Annual statistical returns and brief notes on vaccination in Bengal - 1887-1898
Year: 1887
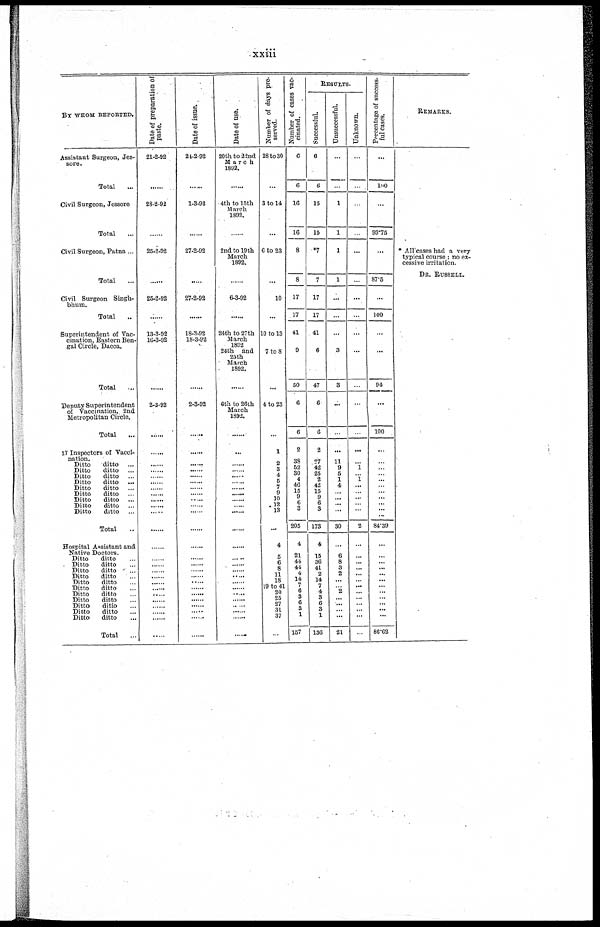
xxiii
BY WHOM REPORTED.
Assistant Surgeon, Jes-
sore.
Total
...
Civil Surgeon, Jessore
Total ...
Civil Surgeon, Patna ...
Total ...
Civil Surgeon Singh-
bhum.
Total ...
Superintendent of Vac-
cination, Eastern Ben-
gal Circle, Dacca.
Total ...
Deputy Superintendent
of Vaccination,. 2nd
Metropolitan Circle.
Total
...
17 Inspectors of Vacci-
nation .
Ditto
ditto ...
Ditto
ditto ...
Ditto
ditto ...
Ditto
ditto ...
Ditto
ditto ...
Ditto
ditto ...
Ditto
ditto ...
Ditto
ditto ...
Ditto
ditto ...
Total ...
Hospital Assistant and
Native Doctors.
Ditto
ditto ...
Ditto
ditto ...
Ditto
ditto ...
Ditto
ditto ...
Ditto
ditto ...
Ditto
ditto ...
Ditto
ditto ...
Ditto
ditto ...
Ditto
ditto ...
Ditto
ditto ...
Ditto
ditto ...
Total ...
Date of preparation of
paste.
21-2-92
......
28-2-92
......
25-2-92
......
25-2-92
......
13-3-92
16-3-92
......
2-3-92
......
......
......
......
......
......
......
......
......
......
......
......
......
......
......
......
......
......
......
......
......
......
......
......
......
Date of issue.
24-2-92
......
1-3-92
......
27-2-92
......
27-2-92
......
18-3-92
18-3-92
......
2-3-92
......
......
......
......
......
......
......
......
......
......
......
......
......
......
......
......
......
......
......
......
......
......
......
......
......
Date of use.
20th to 22nd
March
1892.
...
4th to 15th
March
1892.
...
2nd to 19th
March
1892.
......
6-3-92
......
24th to 27th
March
1892
24th and
25th
March
1892.
...
6th to 26th
March
1892.
......
......
......
......
......
......
......
......
......
......
......
......
......
......
......
...... ......
......
...... ......
...... ......
......
......
......
Number of days pre-
served.
28 to 30
...
3 to 14
...
6 to 23
...
10
...
10 to 13
7 to 8
...
4 to 23
...
1
2
3
4
5
7
9
10
12
13
...
4
5
6
8
11
18
19 to 41
20
25
27
31
37
......
Number of cases vac-
cinated.
6
6
16
16
8
8
17
17
41
9
50
6
6
2
38
52
30
4
46
15
9
6
3
205
4
21
44
44
4
14
7
6
3
6
3
1
157
RESULTS.
Successful.
6
6
15
15
*7
7
17
17
41
6
47
6
6
2
27
42
25
2
42
15
9
6
3
173
4
15
36
41
2
14
7
4
3
6
3
1
136
Unsuccessful.
...
...
1
1
1
1
...
...
...
3
3
...
...
...
11
9
5
1
4
...
...
...
...
30
...
6
8
3
2
...
... 2
...
...
...
...
21
Unknown.
...
...
...
...
...
...
...
...
...
...
...
...
...
...
... 1
... 1
...
...
...
...
...
2
...
...
...
...
...
...
...
...
...
...
...
...
...
Percentage of success-
ful cases.
...
100
...
93.75
...
87.5
...
100
...
...
94
...
100
...
...
... ...
...
...
... ...
...
...
84.39
...
...
...
...
...
...
...
...
... ...
...
...
86.62
REMARKS.
* All cases had a very-
typical course; no ex-
cessive irritation.
DR. RUSSELL.